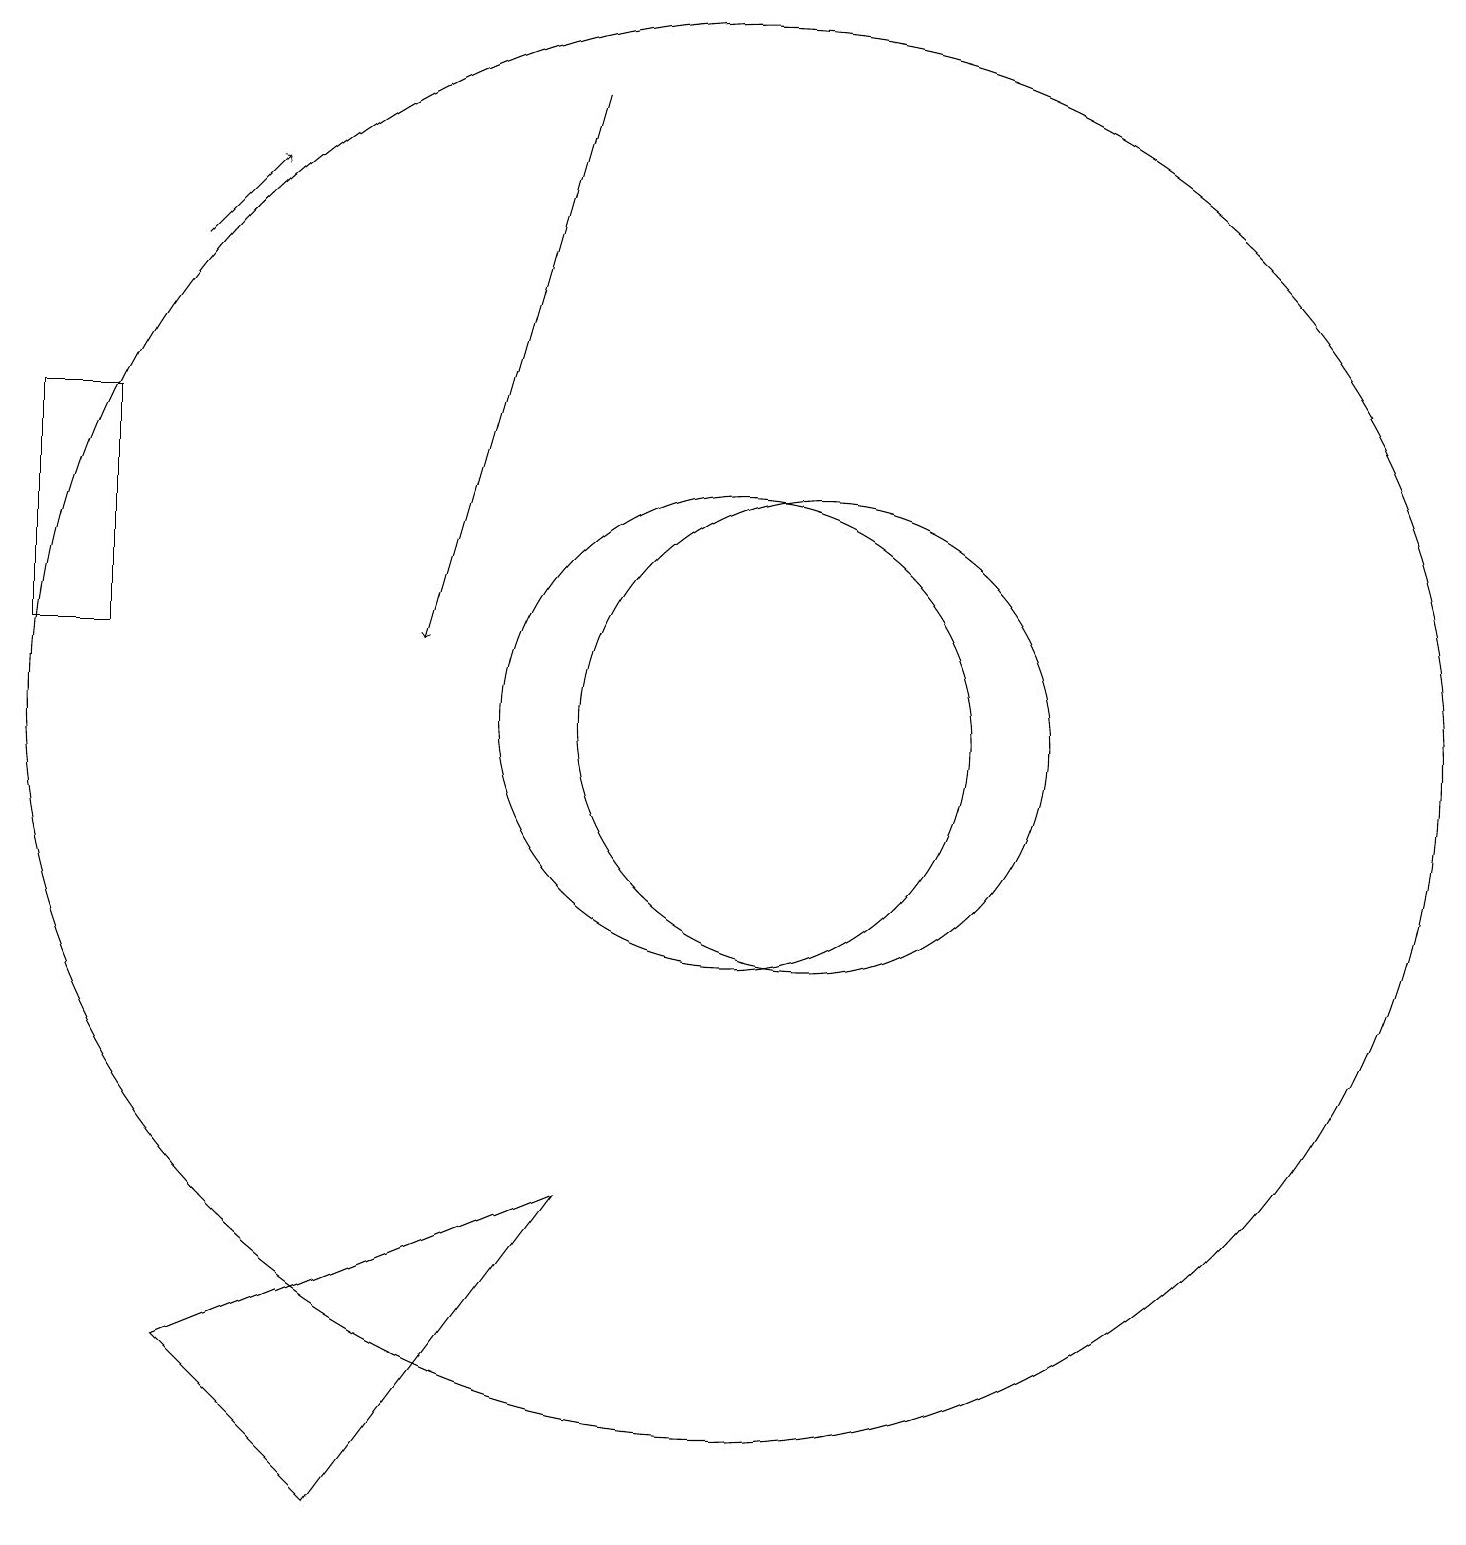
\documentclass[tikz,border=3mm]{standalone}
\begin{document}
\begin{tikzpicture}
\draw (1,12) rectangle (2,15);
\draw[->] (3,17) -- (4,18);
\draw (5,1) -- (8,5) -- (3,3) -- cycle;
\draw (11,11) circle (3);
\draw[->] (8,19) -- (6,12);
\draw (10,11) circle (9);
\draw (10,11) circle (3);
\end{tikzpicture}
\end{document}